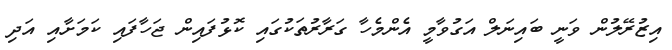
އިޒުރޭލުން ވަނީ ބައިނަލް އަގުވާމީ އެންމެހާ ގަރާރުތަކުގައި ކޮޅުފައިން ޖަހާފައި ކަމަށާއި އަދި